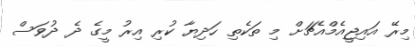
މިރޭ އައިޖީއެމްއެޗަށް މި ތަކެތި ހަދިޔާ ކުރި އިރު މީގެ ދެ ދުވަސް